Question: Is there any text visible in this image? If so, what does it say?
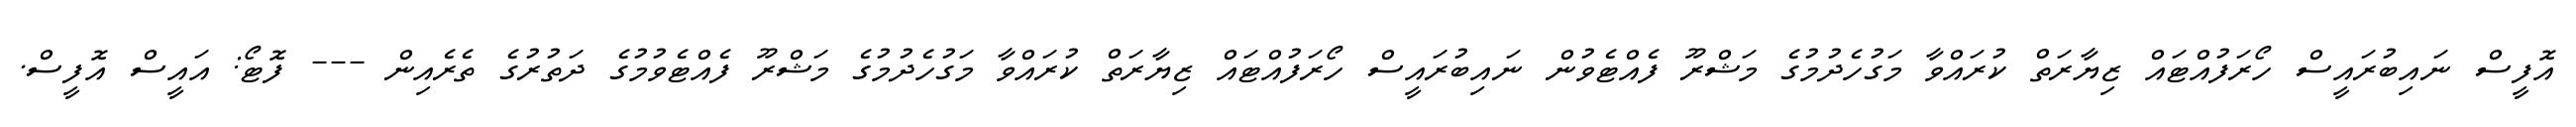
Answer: އޮފީސް ނައިބުރައީސް ހޯރަފުއްޓައް ޒިޔާރަތް ކުރައްވާ މަގުހެދުމުގެ މަޝްރޫ ފެއްޓެވުން ނައިބުރައީސް ހޯރަފުއްޓައް ޒިޔާރަތް ކުރައްވާ މަގުހެދުމުގެ މަޝްރޫ ފެއްޓެވުމުގެ ދަތުރުގެ ތެރެއިން --- ފޮޓޯ: އައީސް އޮފީސް.